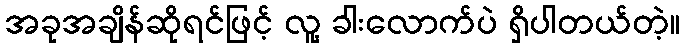
အခုအချိန်ဆိုရင်ဖြင့် လူ့ ခါးလောက်ပဲ ရှိပါတယ်တဲ့။